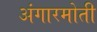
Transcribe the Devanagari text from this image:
अंगारमोती